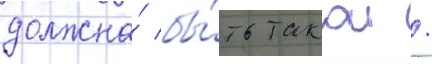
должна́ бы́ть такои /